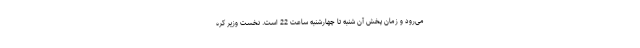
می‌رود و زمان پخش آن شنبه تا چهارشنبه ساعت 22 است. نخست وزیر کره